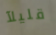
قليلآ